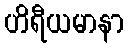
ဟိရီယမာနာ